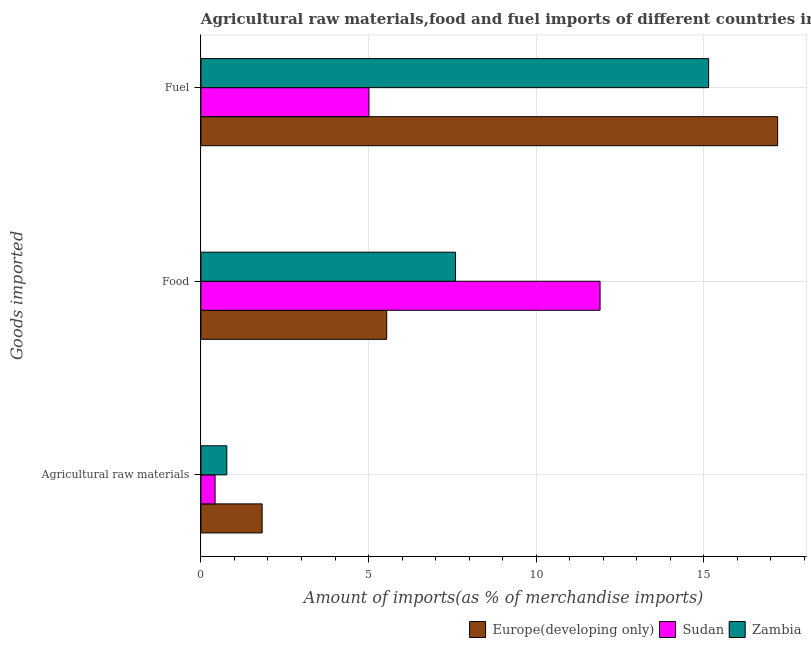
| Goods imported | Europe(developing only) | Sudan | Zambia |
 | --- | --- | --- | --- |
 | Agricultural raw materials | 1.83 | 0.423 | 0.772 |
 | Food | 5.54 | 11.9 | 7.59 |
 | Fuel | 17.2 | 5.01 | 15.1 |